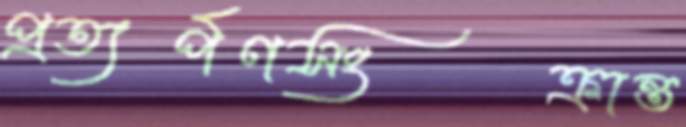
প্রত্যর্পণসংক্রান্ত